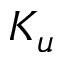
K _ { u }